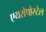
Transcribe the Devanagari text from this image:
एयरोपोस्टेल